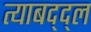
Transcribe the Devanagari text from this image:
त्याबद्द्ल